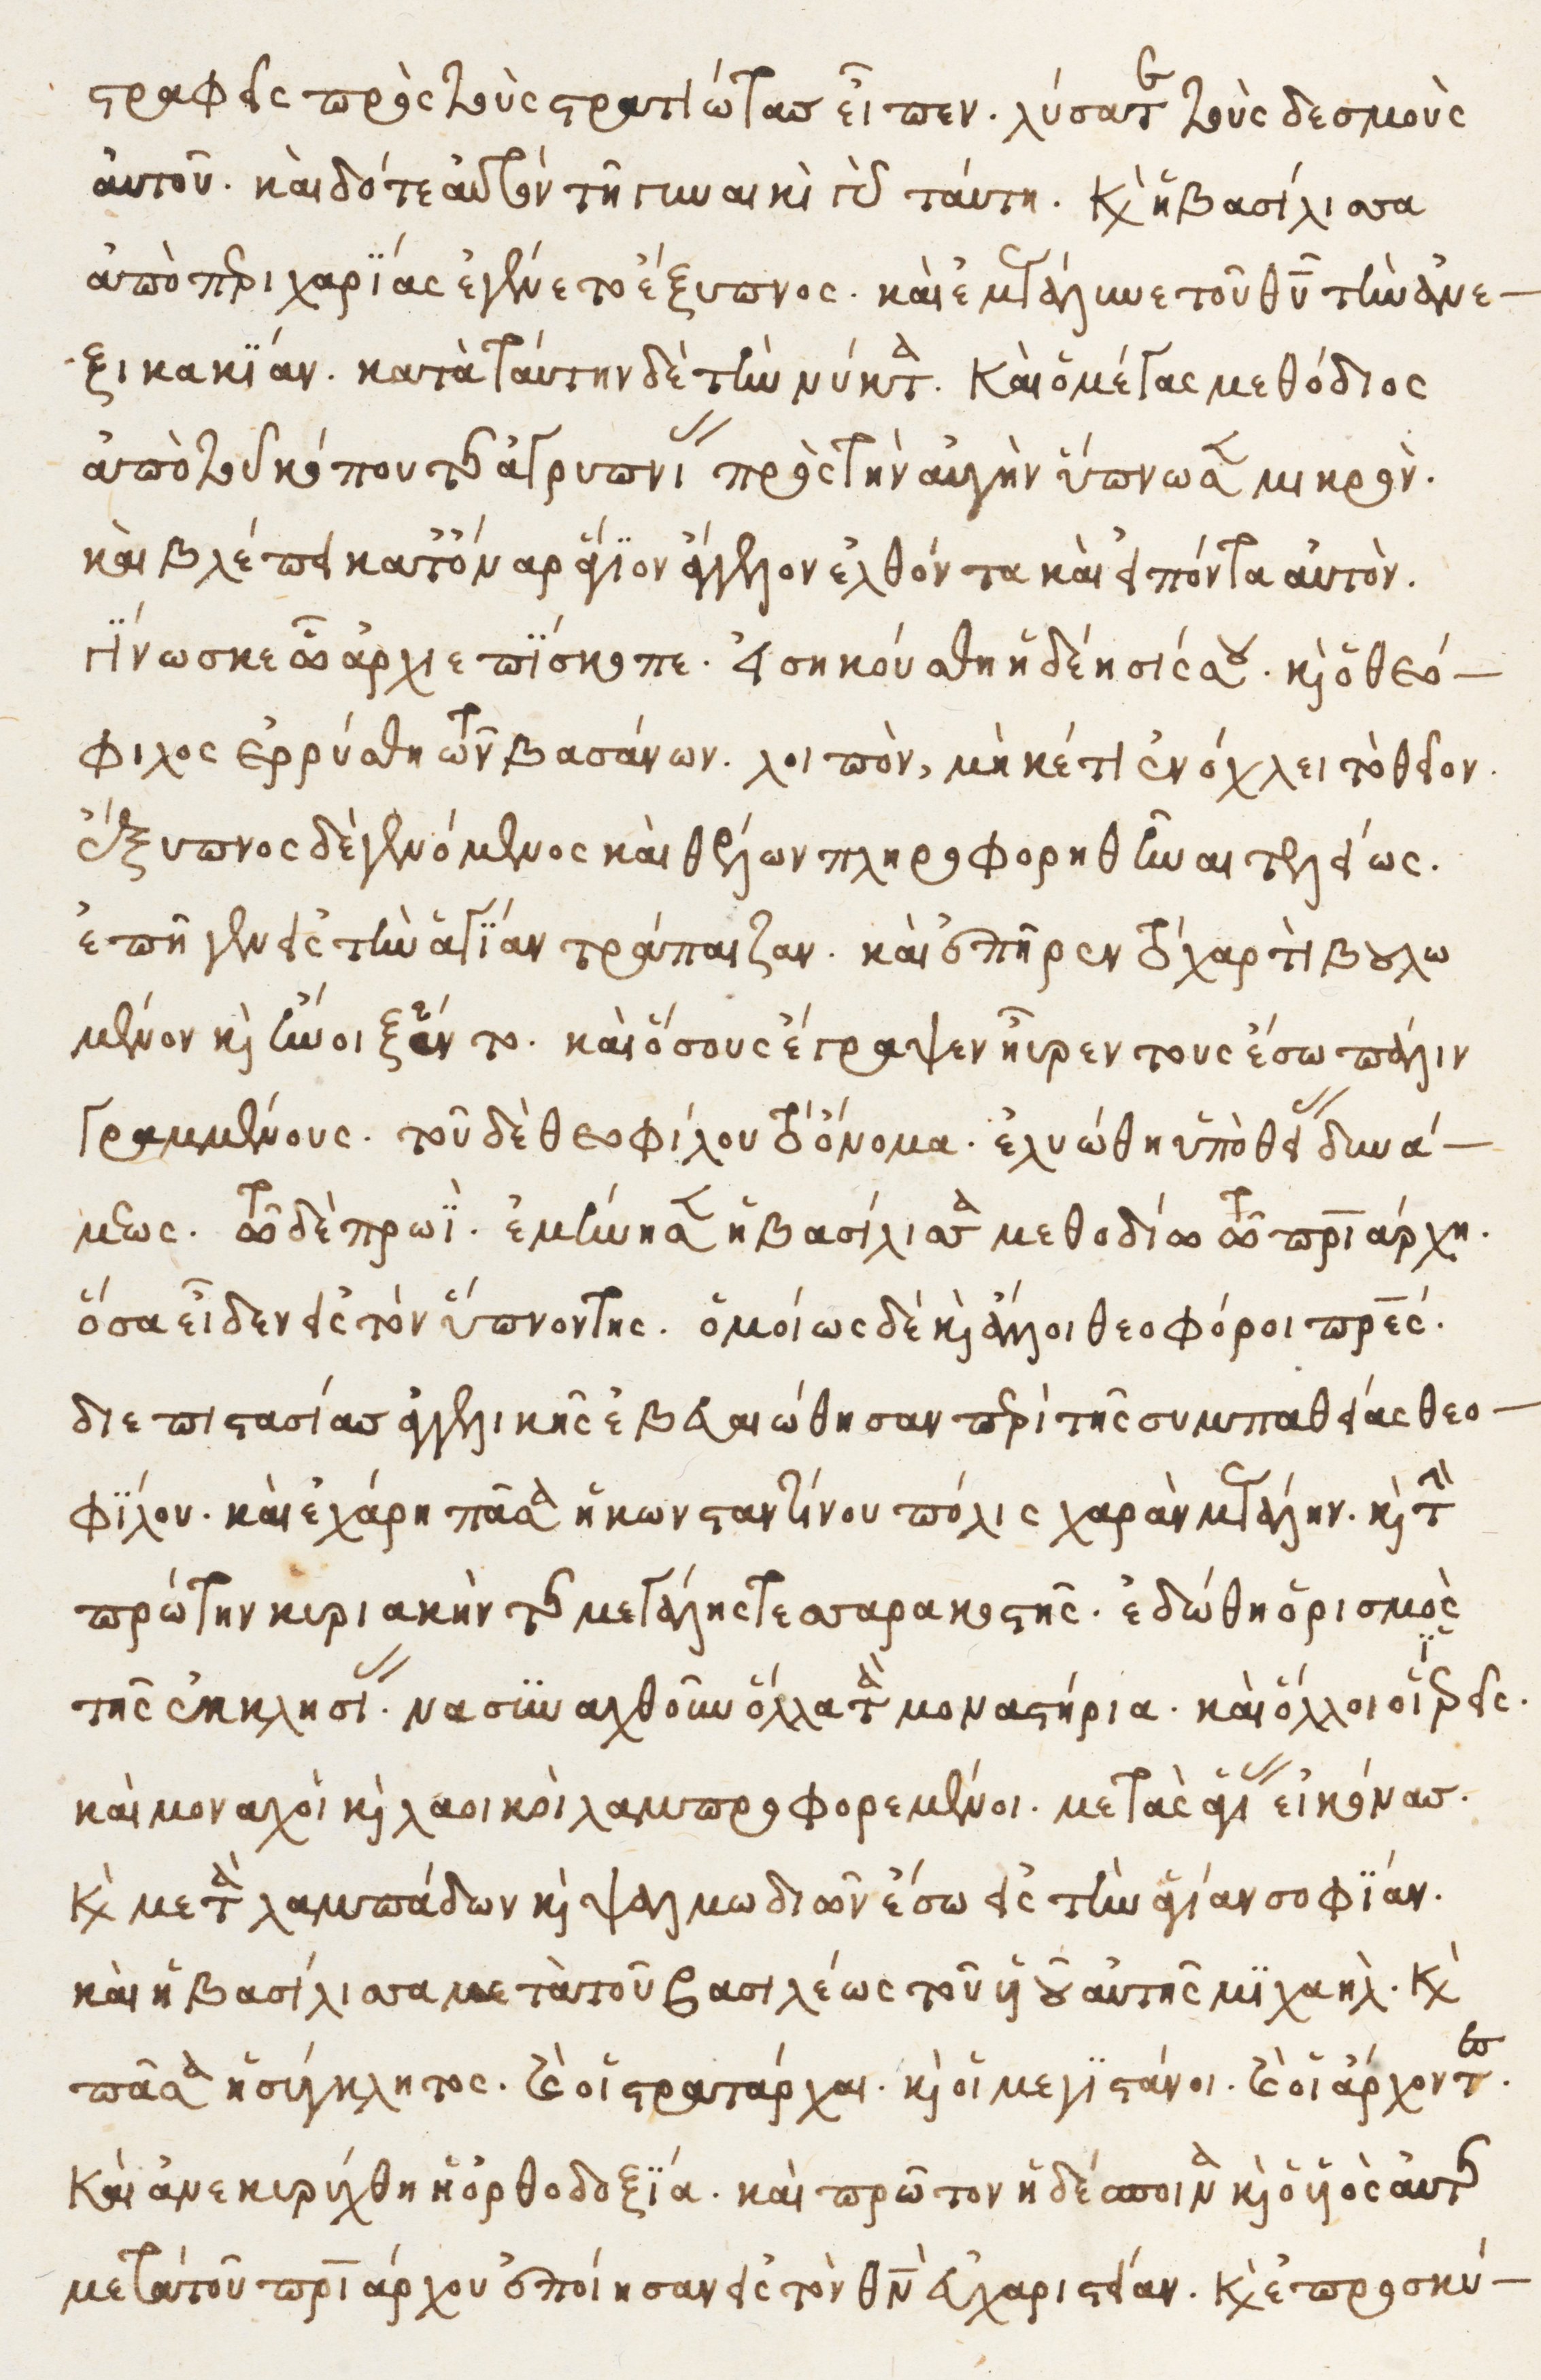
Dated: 1525–1549